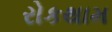
રોકથામ